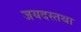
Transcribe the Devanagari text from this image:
जयदस्तथा